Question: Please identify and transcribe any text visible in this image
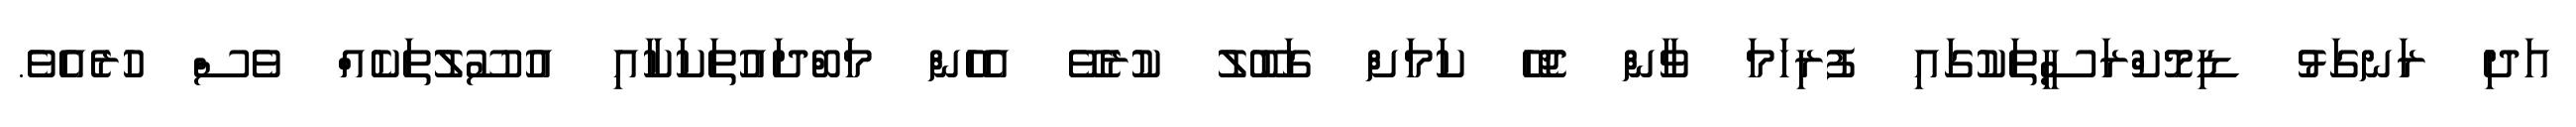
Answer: އަދި ރަނގަޅު ޑިމޮކްރަސީތަކުގައި ފުރިހަމަ ވާން ޖެހޭ ކަމަށް ގަބޫލު ކުރެވޭ އެހެން މަބްދައުތަކަކާއި އުސޫލުތަކެއް ވެސް ހުރެއެވެ.